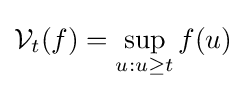
{\mathcal {V}}_{t}(f)=\sup _{u:u\geq t}f(u)